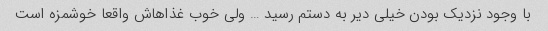
با وجود نزدیک بودن خیلی دیر به دستم رسید … ولی خوب غذاهاش واقعا خوشمزه است